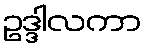
ဥဒ္ဒါလကာ